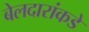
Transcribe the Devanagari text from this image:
बेलदारांकडे